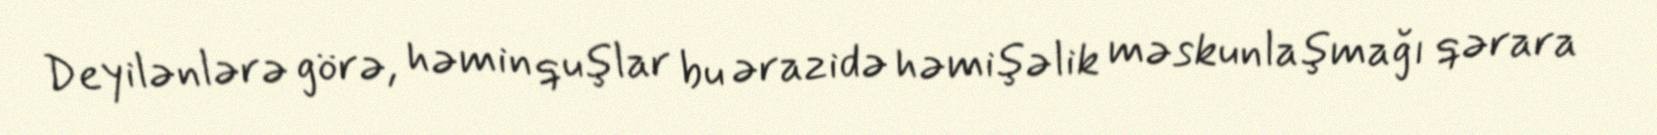
Deyilənlərə görə, həmin quşlar bu ərazidə həmişəlik məskunlaşmağı qərara